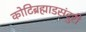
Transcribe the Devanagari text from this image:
कोटिब्रह्माडसंदुरी